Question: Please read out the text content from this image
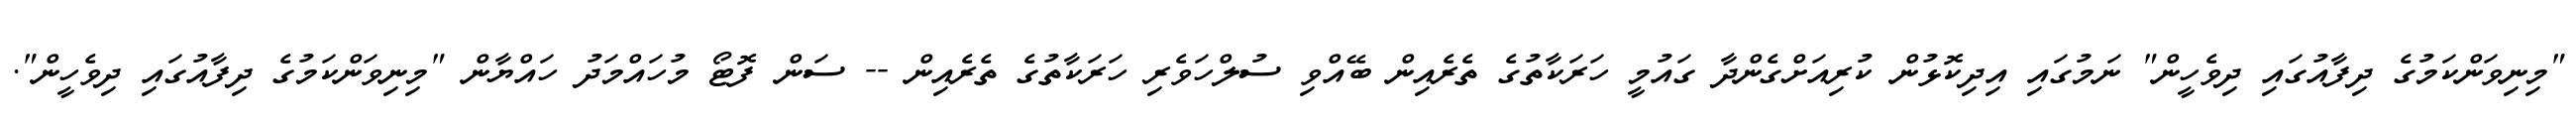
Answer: "މިނިވަންކަމުގެ ދިފާއުގައި ދިވެހީން" ނަމުގައި އިދިކޮޅުން ކުރިއަށްގެންދާ ގައުމީ ހަރަކާތުގެ ތެރެއިން ބޭއްވި ސުލްހަވެރި ހަރަކާތުގެ ތެރެއިން -- ސަން ފޮޓޯ މުހައްމަދު ހައްޔާން "މިނިވަންކަމުގެ ދިފާއުގައި ދިވެހީން".